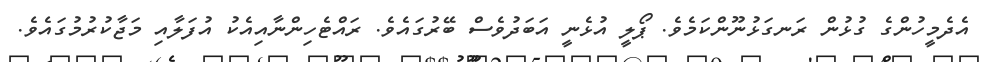
އެދެމީހުންގެ ގުޅުން ރަނގަޅުނޫންކަމެވެ. ޕޯލީ އުޅެނީ އަބަދުވެސް ބޭރުގައެވެ. ރައްޓެހިންނާއިއެކު އުފަލާއި މަޖާކުރުމުގައެވެ.